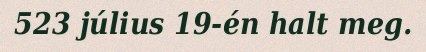
523 július 19-én halt meg.